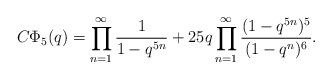
LaTeX: \begin{align*} C\Phi_5(q)=\prod_{n=1}^{\infty}\frac{1}{1-q^{5n}}+25 q\prod_{n=1}^{\infty}\frac{(1-q^{5n})^5}{(1-q^n)^6}. \end{align*}